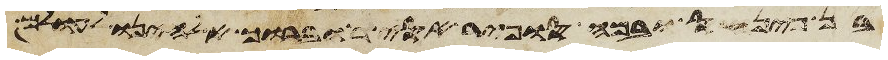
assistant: ויחנו במרה ויסעו ממרה ויבאו אילים ובאילים